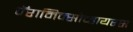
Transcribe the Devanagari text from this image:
पॅरामिक्सोव्हायरस